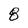
Character: 8